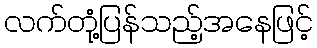
လက်တုံ့ပြန်သည့်အနေဖြင့်